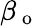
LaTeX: \beta_{\mathrm{~o~}}